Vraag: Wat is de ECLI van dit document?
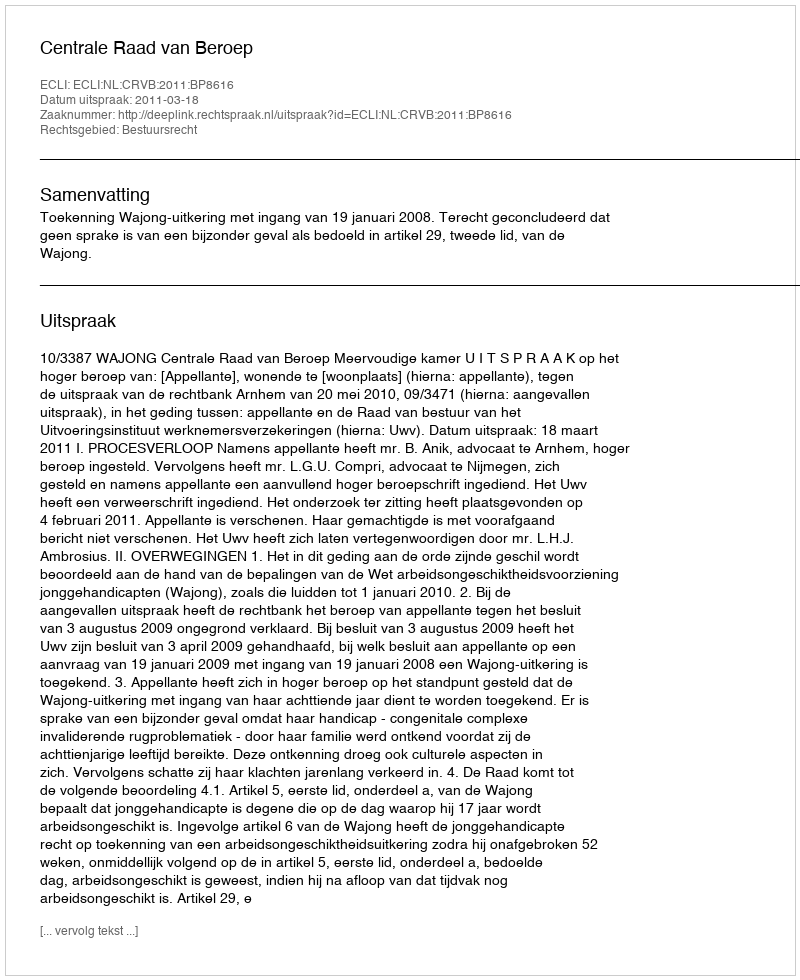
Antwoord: ECLI:NL:CRVB:2011:BP8616